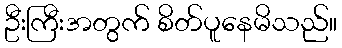
ဦးကြီးအတွက် စိတ်ပူနေမိသည်။